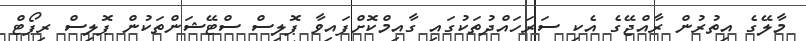
މާލޭގެ އިތުރުން ރާއްޖޭގެ އެކި ސަރަހައްދުތަކުގައި ގާއިމްކޮށްފައިވާ ޕޮލިސް ސްޓޭޝަންތަކުން ޕޮލިސް ރިޕޯޓް